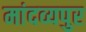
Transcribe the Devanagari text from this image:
मांदव्यपुर